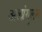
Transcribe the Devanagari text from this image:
अलांगुलम